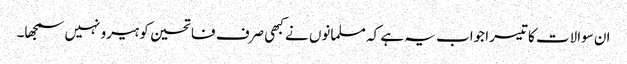
ان سوالات کا تیسرا جواب یہ ہے کہ مسلمانوں نے کبھی صرف فاتحین کو ہیرو نہیں سمجھا۔